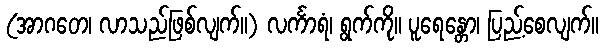
(အာဂတေ၊ လာသည်ဖြစ်လျက်။) လင်္ကာရံ၊ ရွက်ကို။ ပူရေန္တော၊ ပြည့်စေလျက်။